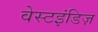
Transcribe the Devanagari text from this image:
वेस्टइंडिज़